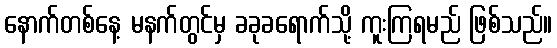
နောက်တစ်နေ့ မနက်တွင်မှ ခခုခရောက်သို့ ကူးကြရမည် ဖြစ်သည်။